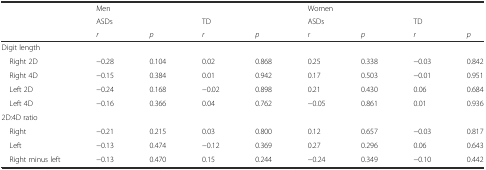
<table><thead><tr><td></td><td colspan="4"><b>Men</b></td><td colspan="4"><b>Women</b></td></tr><tr><td></td><td colspan="2"><b>ASDs</b></td><td colspan="2"><b>TD</b></td><td colspan="2"><b>ASDs</b></td><td colspan="2"><b>TD</b></td></tr><tr><td></td><td><b><i>r</i></b></td><td><b><i>p</i></b></td><td><b><i>r</i></b></td><td><b><i>p</i></b></td><td><b><i>r</i></b></td><td><b><i>p</i></b></td><td><b><i>r</i></b></td><td><b><i>p</i></b></td></tr></thead><tbody><tr><td>Digit length</td><td></td><td></td><td></td><td></td><td></td><td></td><td></td><td></td></tr><tr><td> Right 2D</td><td>−0.28</td><td>0.104</td><td>0.02</td><td>0.868</td><td>0.25</td><td>0.338</td><td>−0.03</td><td>0.842</td></tr><tr><td> Right 4D</td><td>−0.15</td><td>0.384</td><td>0.01</td><td>0.942</td><td>0.17</td><td>0.503</td><td>−0.01</td><td>0.951</td></tr><tr><td> Left 2D</td><td>−0.24</td><td>0.168</td><td>−0.02</td><td>0.898</td><td>0.21</td><td>0.430</td><td>0.06</td><td>0.684</td></tr><tr><td> Left 4D</td><td>−0.16</td><td>0.366</td><td>0.04</td><td>0.762</td><td>−0.05</td><td>0.861</td><td>0.01</td><td>0.936</td></tr><tr><td>2D:4D ratio</td><td></td><td></td><td></td><td></td><td></td><td></td><td></td><td></td></tr><tr><td> Right</td><td>−0.21</td><td>0.215</td><td>0.03</td><td>0.800</td><td>0.12</td><td>0.657</td><td>−0.03</td><td>0.817</td></tr><tr><td> Left</td><td>−0.13</td><td>0.474</td><td>−0.12</td><td>0.369</td><td>0.27</td><td>0.296</td><td>0.06</td><td>0.643</td></tr><tr><td> Right minus left</td><td>−0.13</td><td>0.470</td><td>0.15</td><td>0.244</td><td>−0.24</td><td>0.349</td><td>−0.10</td><td>0.442</td></tr></tbody></table>